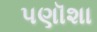
પણૉશા